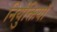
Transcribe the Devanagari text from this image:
निर्युक्तियाँ